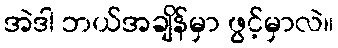
အဲဒါ ဘယ်အချိန်မှာ ဖွင့်မှာလဲ။